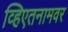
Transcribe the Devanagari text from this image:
व्हिएतनामवर